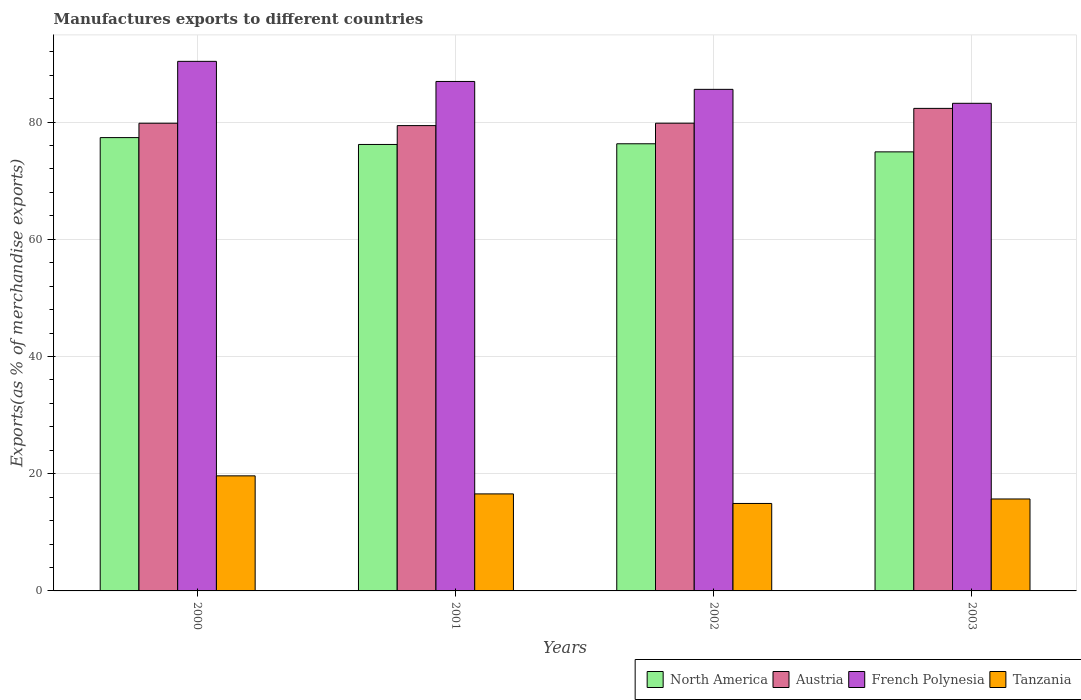
| Years | North America | Austria | French Polynesia | Tanzania |
 | --- | --- | --- | --- | --- |
 | 2000 | 77.3 | 79.8 | 90.3 | 19.6 |
 | 2001 | 76.2 | 79.4 | 86.9 | 16.6 |
 | 2002 | 76.3 | 79.8 | 85.6 | 14.9 |
 | 2003 | 74.9 | 82.3 | 83.2 | 15.7 |